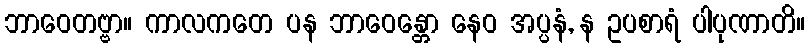
ဘာဝေတဗ္ဗာ။ ကာလကတေ ပန ဘာဝေန္တော နေဝ အပ္ပနံ, န ဥပစာရံ ပါပုဏာတိ။